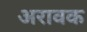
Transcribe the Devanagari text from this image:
अरावक